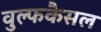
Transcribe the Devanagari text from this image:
वुल्फकैसल